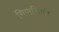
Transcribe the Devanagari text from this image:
मिणमिणी